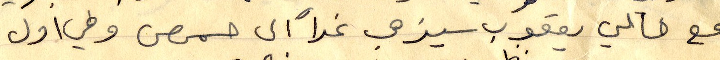
مع خالي يعقوب سيذهب غداً الى حمص وفي أول